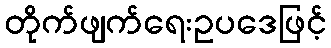
တိုက်ဖျက်ရေးဥပဒေဖြင့်